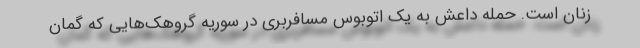
زنان است. حمله داعش به یک اتوبوس مسافربری در سوریه گروهک‌هایی که گمان